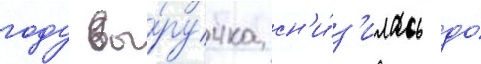
году вы́ручка сн'и́з'илась до́